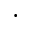
\cdot